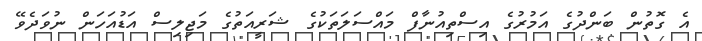
އެ ގޮތުން ބަންދުގެ އަމުރުގެ އިސްތިއުނާފް މައްސަލަތަކުގެ ޝަރީއަތުގެ މަޖިލިސް އަޑުއަހަން ނުވަދެވޭ